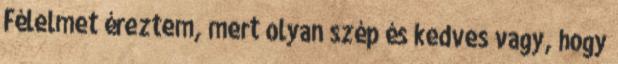
Félelmet éreztem, mert olyan szép és kedves vagy, hogy